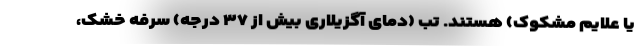
یا علایم مشکوک) هستند. تب (دمای آگزیلاری بیش از ۳۷ درجه) سرفه خشک،